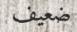
ضعيف